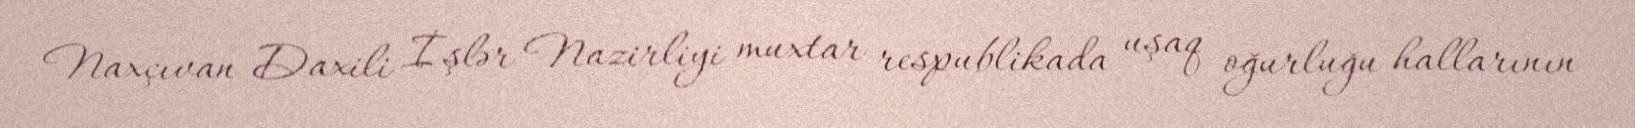
Naxçıvan Daxili İşlər Nazirliyi muxtar respublikada uşaq oğurluğu hallarının